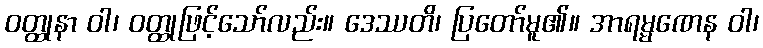
ဝတ္ထုနာ ဝါ၊ ဝတ္ထုဖြင့်သော်လည်း။ ဒေဿတိ၊ ပြတော်မူ၏။ အာရမ္မဏေန ဝါ၊